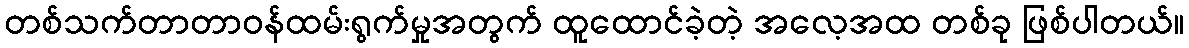
တစ်သက်တာတာဝန်ထမ်းရွက်မှုအတွက် ထူထောင်ခဲ့တဲ့ အလေ့အထ တစ်ခု ဖြစ်ပါတယ်။